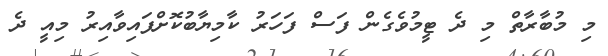
މި މުބާރާތް މި ދެ ޓީމުވެގެން ފަސް ފަހަރު ކާމިޔާބުކޮށްފައިވާއިރު މިއީ ދެ